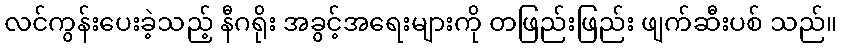
လင်ကွန်းပေးခဲ့သည့် နီဂရိုး အခွင့်အရေးများကို တဖြည်းဖြည်း ဖျက်ဆီးပစ် သည်။